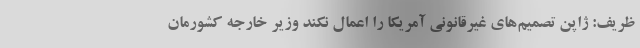
ظریف: ژاپن تصمیم‌های غیرقانونی آمریکا را اعمال نکند وزیر خارجه کشورمان